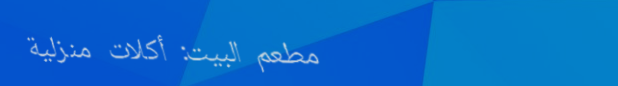
مطعم البيت: أكلات منزلية